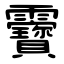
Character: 靌